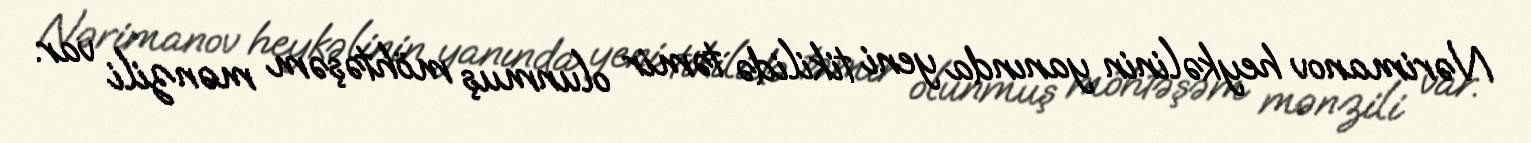
Nərimanov heykəlinin yanında yeni tikilidə təmir olunmuş möhtəşəm mənzili var.